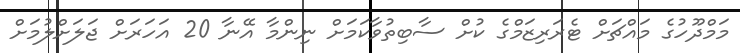
މަމްދޫހުގެ މައްޗަށް ޓެރަރިޒަމްގެ ކުށް ސާބިތުވާކަމަށް ނިންމާ އޭނާ 20 އަހަރަށް ޖަލަށްލުމަށް